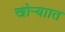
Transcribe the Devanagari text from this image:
खोऱ्याात